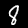
Label: 8